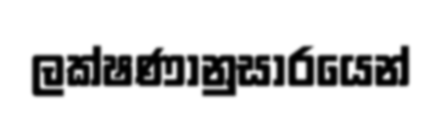
ලක්ෂණානුසාරයෙන්